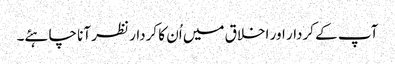
آپ کے کردار اور اخلاق میں اُن کا کردار نظر آنا چاہئے۔